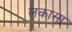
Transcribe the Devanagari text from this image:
लकासा